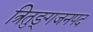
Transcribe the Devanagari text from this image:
त्रितुङ्गजनपद